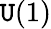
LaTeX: \mathtt{U}(1)